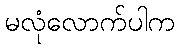
မလုံလောက်ပါက